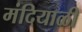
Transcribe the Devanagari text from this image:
मंदियाळी